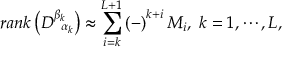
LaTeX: r a n k \left( D _ { \; \; \alpha _ { k } } ^ { \beta _ { k } } \right) \approx \sum _ { i = k } ^ { L + 1 } \left( - \right) ^ { k + i } M _ { i } , \; k = 1 , \cdots , L ,